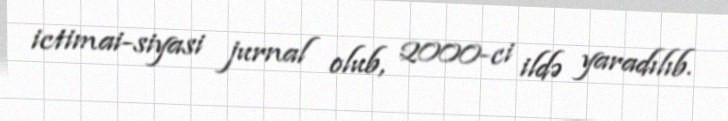
ictimai-siyasi jurnal olub, 2000-ci ildə yaradılıb.